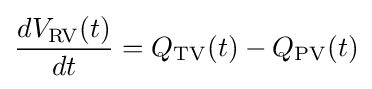
{\frac {dV_{\mathrm {RV} }(t)}{dt}}=Q_{\mathrm {TV} }(t)-Q_{\mathrm {PV} }(t)